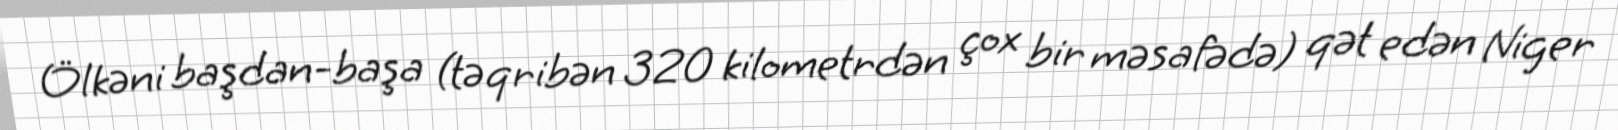
Ölkəni başdan-başa (təqribən 320 kilometrdən çox bir məsafədə) qət edən Niger